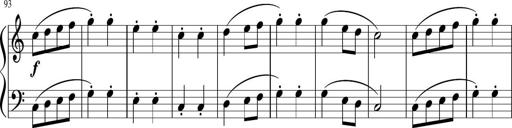
Title: 6 Instructive Sonatinas
Composer: Jacob Schmitt